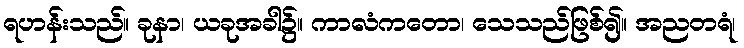
ရဟန်းသည်။ ခုနာ၊ ယခုအခါ၌။ ကာလံကတော၊ သေသည်ဖြစ်၍။ အညတရံ၊